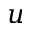
u